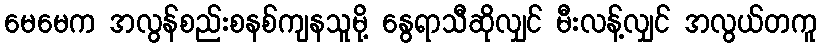
မေမေက အလွန်စည်းစနစ်ကျနသူမို့ နွေရာသီဆိုလျှင် မီးလန့်လျှင် အလွယ်တကူ